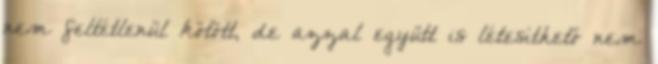
nem feltétlenül kötött, de azzal együtt is létesíthető nem